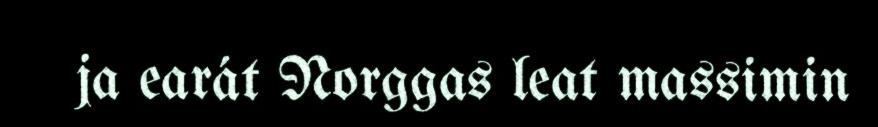
ja earát Norggas leat massimin